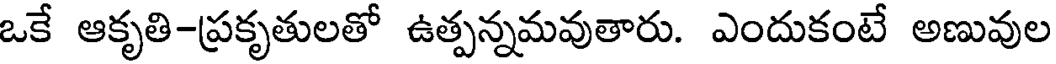
ఒకే ఆకృతి-ప్రకృతులతో ఉత్పన్నమవుతారు. ఎందుకంటే అణువుల